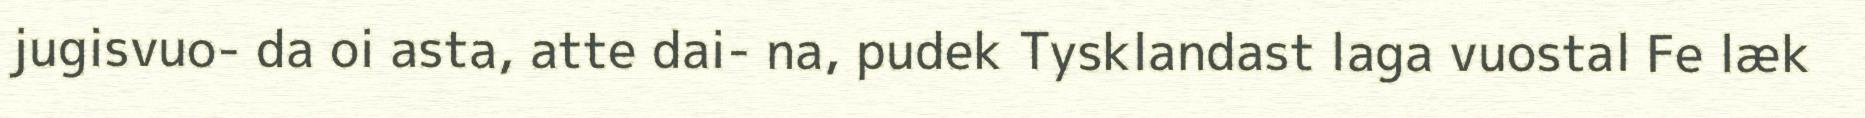
jugisvuo- da oi asta, atte dai- na, pudek Tysklandast laga vuostal Fe læk